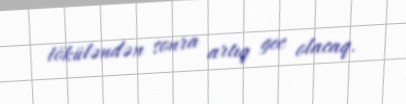
töküləndən sonra artıq gec olacaq.